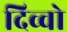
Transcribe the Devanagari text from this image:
दिव्वो